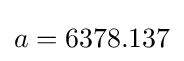
a=6378.137